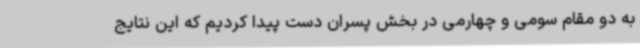
به دو مقام سومی و چهارمی در بخش پسران دست پیدا کردیم که این نتایج